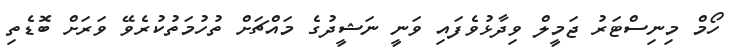
ހޯމް މިނިސްޓަރު ޖަމީލް ވިދާޅުވެފައި ވަނީ ނަޝީދުގެ މައްޗަށް ތުހުމަތުކުރެވޭ ވަރަށް ބޮޑެތި